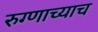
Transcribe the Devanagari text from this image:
रुग्णाच्याच